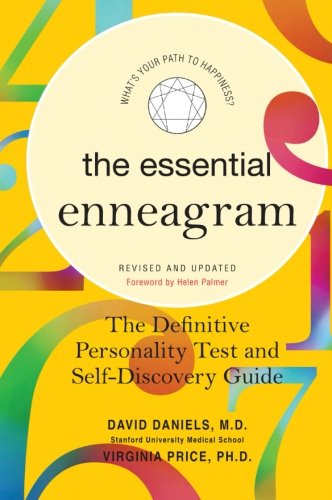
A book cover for Essential Enneagram: The Definitive Personality Test and Self-Discovery Guide -- Revised & Updated; David Daniels; Health, Fitness & Dieting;